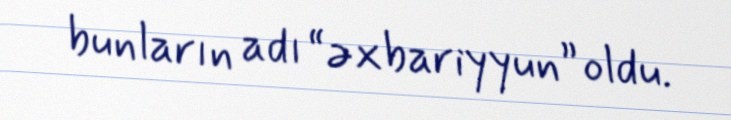
bunların adı “əxbariyyun” oldu.